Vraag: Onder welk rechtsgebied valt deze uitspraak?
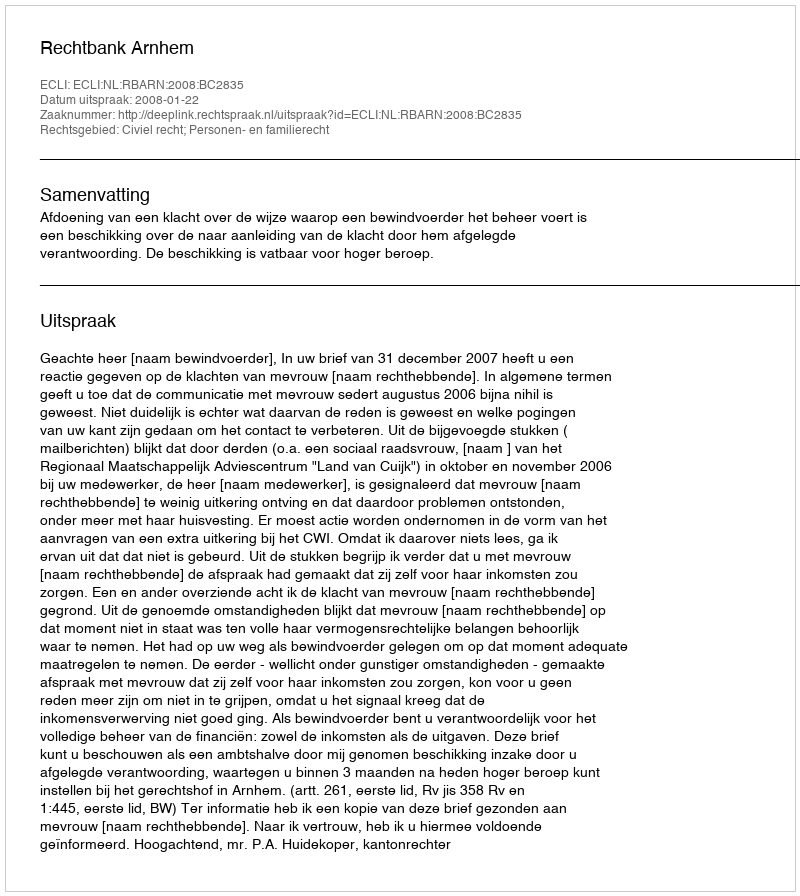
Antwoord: Civiel recht; Personen- en familierecht